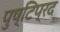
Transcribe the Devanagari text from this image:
पुष्टिप्रद